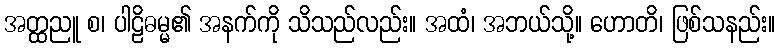
အတ္ထညူ စ၊ ပါဠိဓမ္မ၏ အနက်ကို သိသည်လည်း။ အထံ၊ အဘယ်သို့။ ဟောတိ၊ ဖြစ်သနည်း။